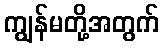
ကျွန်မတို့အတွက်